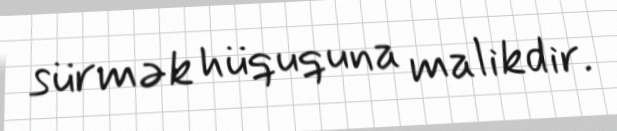
sürmək hüququna malikdir.